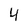
Character: 4